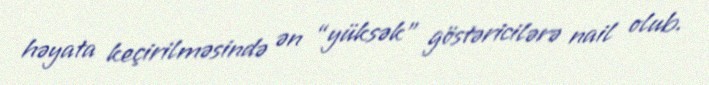
həyata keçirilməsində ən “yüksək” göstəricilərə nail olub.